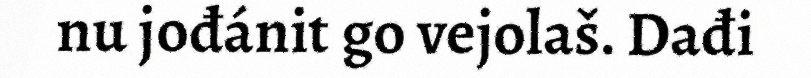
nu jođánit go vejolaš. Dađi